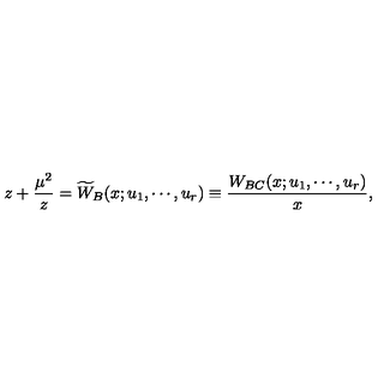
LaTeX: z + { \frac { \mu ^ { 2 } } { z } } = \widetilde { W } _ { B } ( x ; u _ { 1 } , \cdots , u _ { r } ) \equiv { \frac { W _ { B C } ( x ; u _ { 1 } , \cdots , u _ { r } ) } { x } } ,